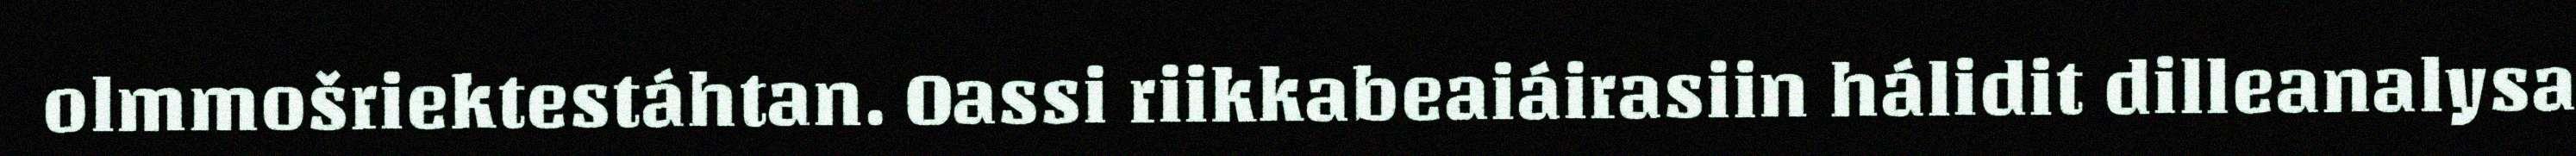
olmmošriektestáhtan. Oassi riikkabeaiáirasiin hálidit dilleanalysa